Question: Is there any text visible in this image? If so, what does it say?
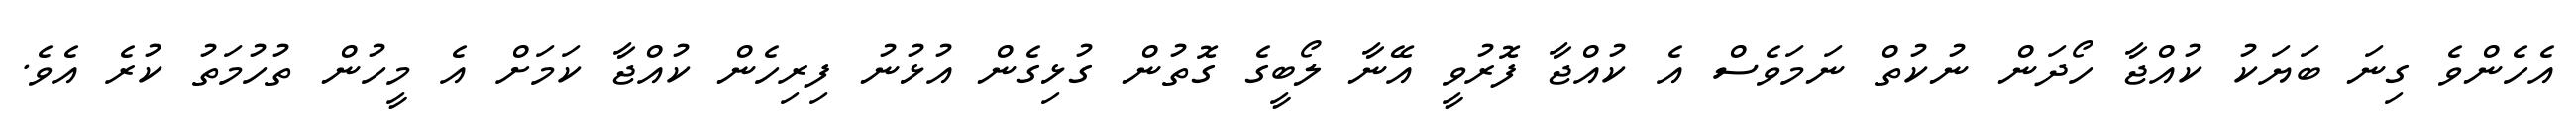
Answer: އެހެންވެ ގިނަ ބަޔަކު ކުއްޖާ ހޯދަން ނުކުތް ނަމަވެސް އެ ކުއްޖާ ފޮރުވީ އޭނާ ލޯބީގެ ގޮތުން ގުޅިގެން އުޅުނު ފިރިހެން ކުއްޖާ ކަމަށް އެ މީހުން ތުހުމަތު ކުރެ އެވެ.